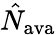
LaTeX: \hat{N}_{\textrm{ava}}